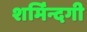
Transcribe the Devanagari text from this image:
शर्मिंन्दगी